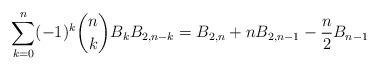
LaTeX: \begin{align*}\sum_{k=0}^{n} (-1)^k \binom{n}{k} B_kB_{2,n-k} = B_{2,n}+ n B_{2,n-1} - \frac{n}{2}B_{n-1} \end{align*}